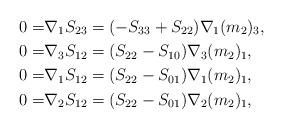
LaTeX: \begin{align*}0=&\nabla_{1}S_{23}=(-S_{33}+S_{22})\nabla_{1}(m_{2})_{3},\\0=&\nabla_{3}S_{12}=(S_{22}-S_{10})\nabla_{3}(m_2)_{1},\\0=&\nabla_{1}S_{12}=(S_{22}-S_{01})\nabla_{1}(m_{2})_{1},\\0=&\nabla_{2}S_{12}=(S_{22}-S_{01})\nabla_{2}(m_{2})_{1},\end{align*}